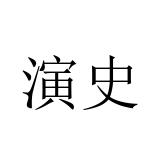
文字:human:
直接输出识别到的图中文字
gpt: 演史